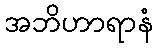
အဘိဟာရာနံ